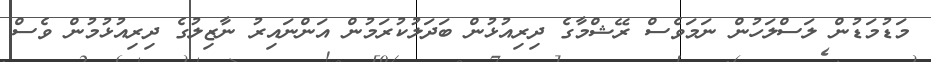
މަޑުމަޑުން ލަސްލަހުން ނަމަވެސް ރޭޝްމާގެ ދިރިއުޅުން ބަދަލުކުރަމުން އަންނައިރު ނާޒިލުގެ ދިރިއުޅުމުން ވެސް